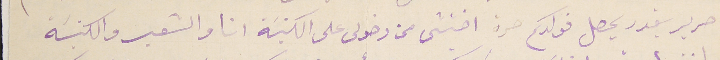
حرير يقدر يحصل فولدكم مرة اختشى من دخولى على الكنيسَة انا والشعب والكنيسَة